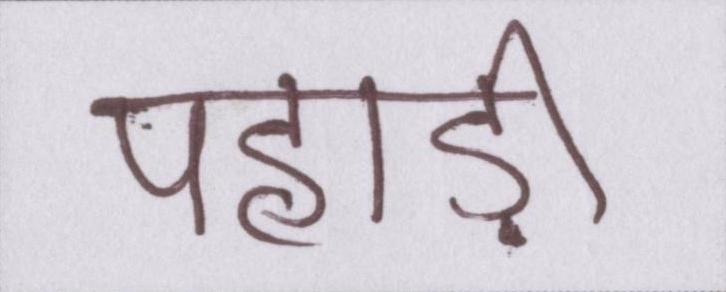
पहाड़ी